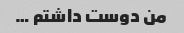
من دوست داشتم …